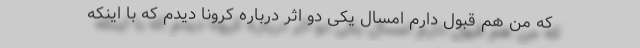
که من هم قبول دارم امسال یکی دو اثر درباره کرونا دیدم که با اینکه